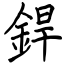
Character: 銲